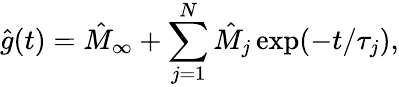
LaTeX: \hat{g}(t)=\hat{M}_{\infty}+\sum_{j=1}^{N}\hat{M}_{j}\exp(-t/\tau_{j}),